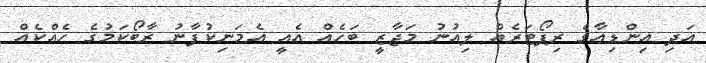
އަދި އިންޑިއާގެ ރިޕޯޓަރެއް ލިއުނު މަޖާޒީ ބަހެއް އެއީ އެމަނިކުފާނު ރާބޯކަމުގެ ހެއްކެއް